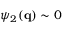
\psi _ { 2 } ( \mathbf { q } ) \sim 0